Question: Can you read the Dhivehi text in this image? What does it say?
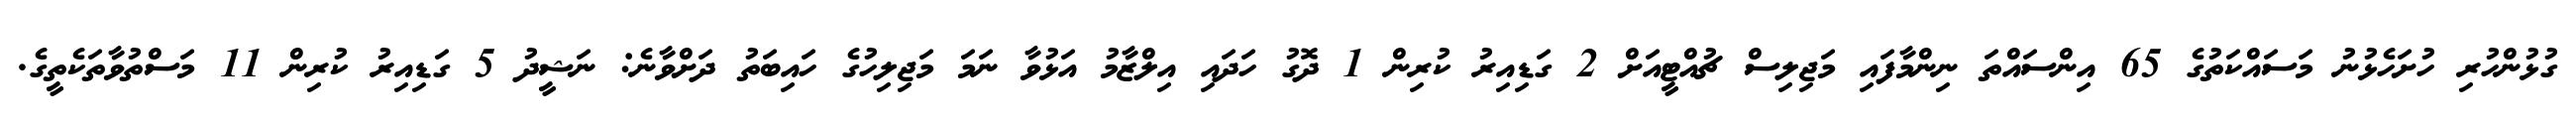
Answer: ގުޅުންހުރި ހުށަހެޅުނު މަސައްކަތުގެ 65 އިންސައްތަ ނިންމާފައި މަޖިލިސް ޗުއްޓީއަށް 2 ގަޑިއިރު ކުރިން 1 ދޮގު ހަދައި އިލްޒާމު އަޅުވާ ނަމަ މަޖިލިހުގެ ހައިބަތު ދަށްވާނެ: ނަޝީދު 5 ގަޑިއިރު ކުރިން 11 މަސްތުވާތަކެތީގެ.